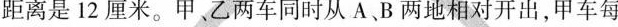
距离是12厘米。甲、乙两车同时从A B两地相对开出，甲车每